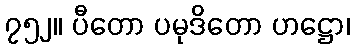
၇၅၂။ ပီတော ပမုဒိတော ဟဋ္ဌော၊